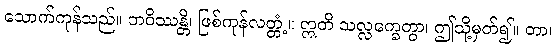
သောက်ကုန်သည်။ ဘဝိဿန္တိ၊ ဖြစ်ကုန်လတ္တံ့။ ဣတိ သလ္လက္ခေတွာ၊ ဤသို့မှတ်၍။ တာ၊